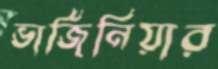
ভার্জিনিয়ার